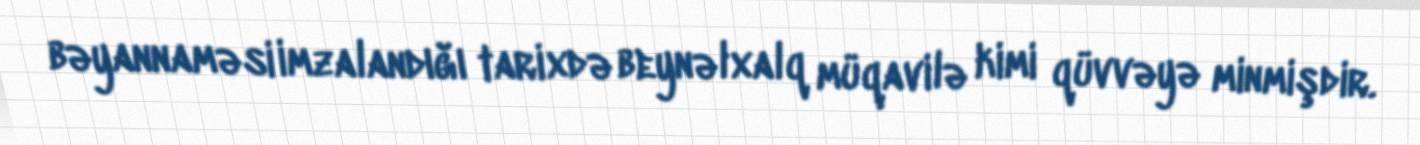
bəyannaməsi imzalandığı tarixdə beynəlxalq müqavilə kimi qüvvəyə minmişdir.